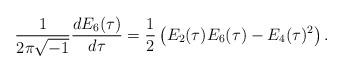
LaTeX: \begin{align*}\frac{1}{2\pi \sqrt{-1}} \dfrac{d E_6(\tau)}{d\tau} = \frac{1}{2} \left( E_2(\tau) E_6(\tau) - E_4(\tau)^2 \right).\end{align*}